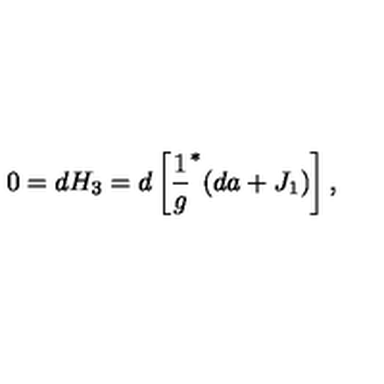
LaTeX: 0 = d H _ { 3 } = d \left[ \frac { 1 } { g } ^ { * } ( d a + J _ { 1 } ) \right] ,